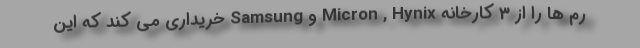
رم ها را از 3 کارخانه Micron , Hynix و Samsung خریداری می کند که این